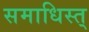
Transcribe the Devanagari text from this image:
समाधिस्त्